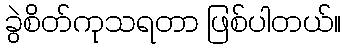
ခွဲစိတ်ကုသရတာ ဖြစ်ပါတယ်။